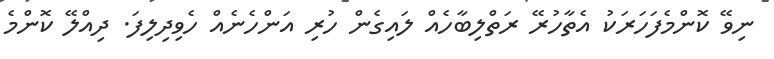
ނިވޭ ކޮންމެފަހަރަކު އެތާހުރޭ ރަތްލިބާހެއް ލައިގެން ހުރި އަންހެނެއް ހެވިދިލިފަ. ދިއްލޭ ކޮންމެ